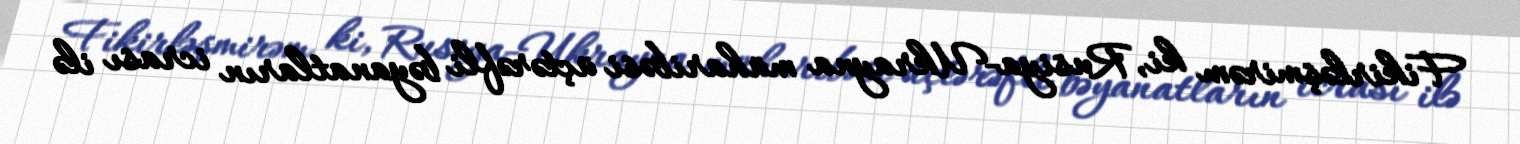
Fikirləşmirəm ki, Rusiya-Ukrayna müharibəsi üçtərəfli bəyanatların icrası ilə